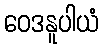
ဝေဒနူပါယံ